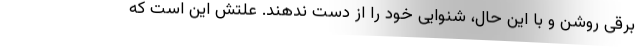
برقی روشن و با این حال، شنوایی خود را از دست ندهند. علتش این است که